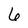
Character: 6